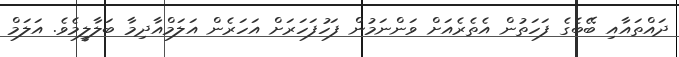
ދައްތައާއި ބޭބެގެ ފަހަތުން އެތެރެއަށް ވަންނަމުން ފަހުފަހަރަށް އަހަރެން އަލަމްއާދިމާ ބަލާލީމެވެ. އަލަމް